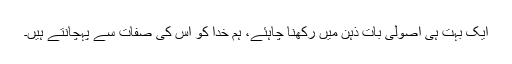
ایک بہت ہی اصولی بات ذہن میں رکھنا چاہئے، ہم خدا کو اس کی صفات سے پہچانتے ہیں۔